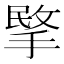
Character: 𢰞